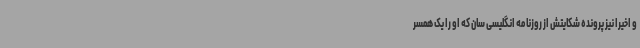
و اخیرا نیز پرونده شکایتش از روزنامه انگلیسی سان که او را یک همسر